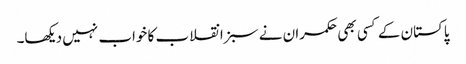
پاکستان کے کسی بھی حکمران نے سبز انقلاب کا خواب نہیں دیکھا۔